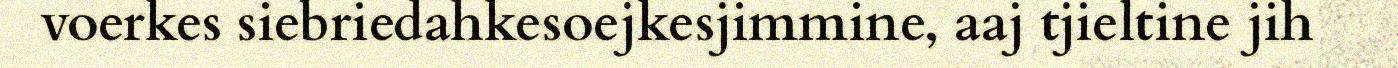
voerkes siebriedahkesoejkesjimmine, aaj tjieltine jih